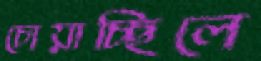
চোয়াচ্ছিলে